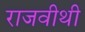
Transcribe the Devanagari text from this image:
राजवीथी